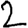
Digit: 2